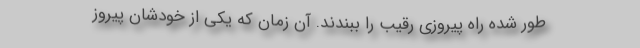
طور شده راه پیروزی رقیب را ببندند. آن زمان که یکی از خودشان پیروز